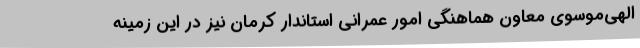
الهی‌موسوی معاون هماهنگی امور عمرانی استاندار کرمان نیز در این زمینه